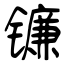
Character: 镰